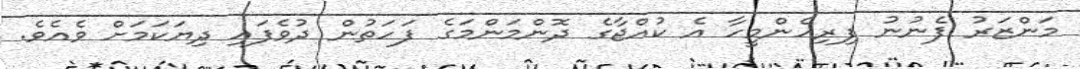
މަންޒަރު ފެނުނު ފިރިހެންމީހާ އެ ކުއްޖާގެ ދޮންމަންމަގެ ފަހަތުން ދުވެފައި ދިޔަކަމަށް ވެއެވެ.